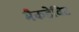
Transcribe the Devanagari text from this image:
मैकडेविट